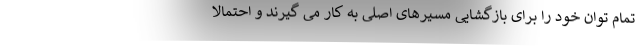
تمام توان خود را برای بازگشایی مسیرهای اصلی به کار می گیرند و احتمالا